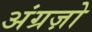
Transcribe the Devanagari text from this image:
अंग्रज़ो